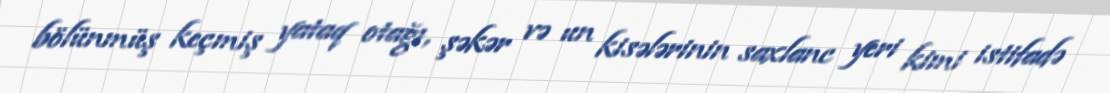
bölünmüş keçmiş yataq otağı, şəkər və un kisələrinin saxlanc yeri kimi istifadə